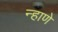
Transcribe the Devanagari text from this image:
न्हाणे